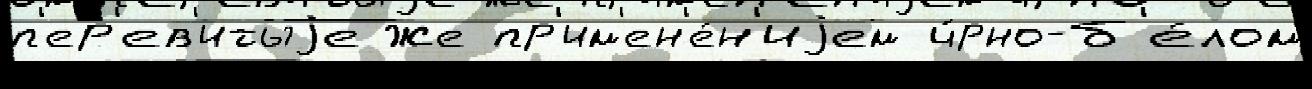
п'ер'ев'итыjе же пр'им'ен'е́н'иjем ч́рно-б'е́лом